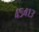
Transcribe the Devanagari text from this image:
४५४१३